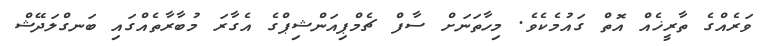
ވަރެއްގެ ތާރީޚެއް އޮތް ގައުމެކެވެ. މިހާތަނަށް ސާފް ޗެމްޕިއަންޝިޕްގެ އެގާރަ މުބާރާތެއްގައި ބަނގްލަދޭޝް